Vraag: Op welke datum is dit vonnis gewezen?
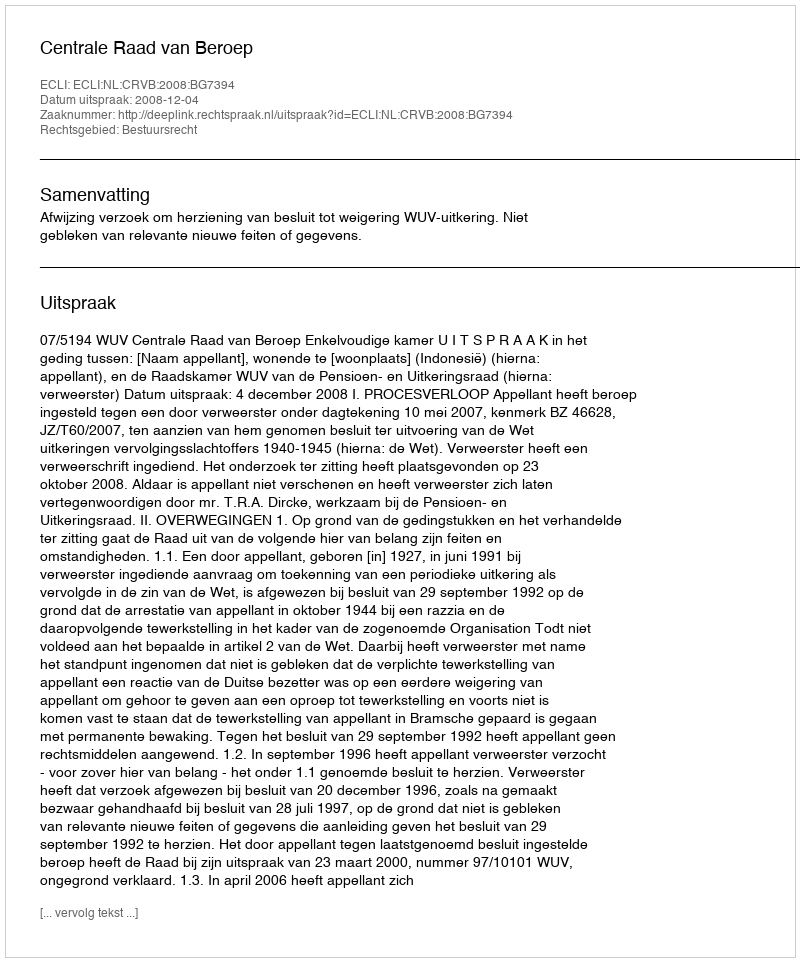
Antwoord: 2008-12-04